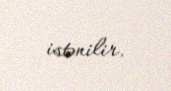
istənilir.